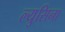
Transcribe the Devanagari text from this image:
ल्युसिना